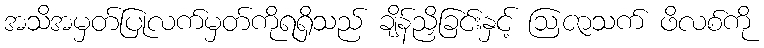
အသိအမှတ်ပြုလက်မှတ်ကိုရရှိသည် ချိန်ညှိခြင်းနှင့် ဩဇာသက် ဖိလစ်ကို